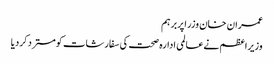
عمران خان وزراپربرہم
وزیراعظم نےعالمی ادارہ صحت کی سفارشات کومستردکردیا